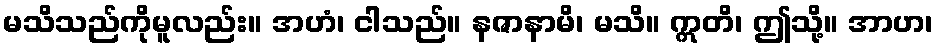
မသိသည်ကိုမူလည်း။ အဟံ၊ ငါသည်။ နဇာနာမိ၊ မသိ။ ဣတိ၊ ဤသို့။ အာဟ၊